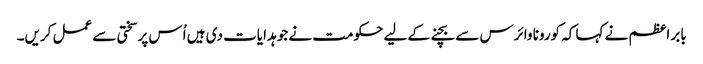
بابر اعظم نے کہا کہ کورونا وائرس سے بچنے کے لیے حکومت نے جو ہدایات دی ہیں اُس پر سختی سے عمل کریں۔